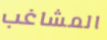
المشاغب